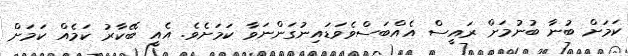
ކަމަށް ބުނާ ބުނުމަށް ރައީސް އެއްބަސްވެވަޑައިނުގަންނަވާ ކަމަށެވެ. އެއީ ބޭކާރު ކަމެއް ކަމަށް